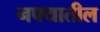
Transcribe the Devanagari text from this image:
नफ्यातील